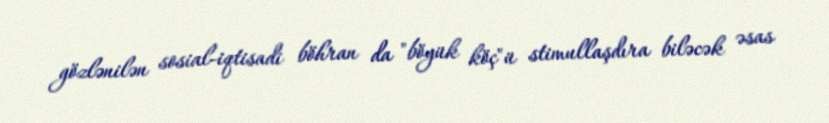
gözlənilən sosial-iqtisadi böhran da "böyük köç"ü stimullaşdıra biləcək əsas